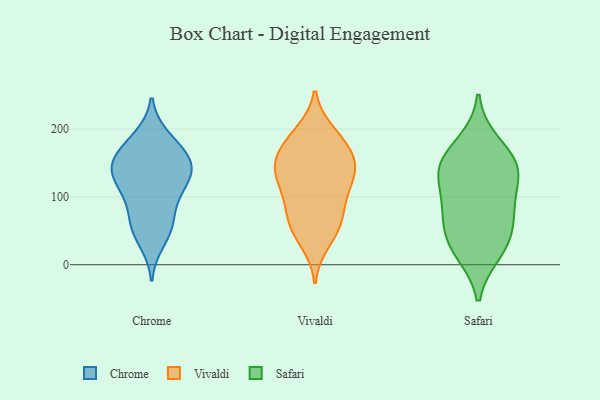
{"axis": {"x": "Conversion Rate (%)", "y": "Value"}, "legend": ["Chrome", "Safari", "Vivaldi"], "data": [{"x": "", "y": 99, "type": "Chrome"}, {"x": "", "y": 151, "type": "Chrome"}, {"x": "", "y": 145, "type": "Chrome"}, {"x": "", "y": 150, "type": "Chrome"}, {"x": "", "y": 182, "type": "Chrome"}, {"x": "", "y": 34, "type": "Chrome"}, {"x": "", "y": 110, "type": "Chrome"}, {"x": "", "y": 135, "type": "Chrome"}, {"x": "", "y": 151, "type": "Chrome"}, {"x": "", "y": 126, "type": "Chrome"}, {"x": "", "y": 58, "type": "Chrome"}, {"x": "", "y": 113, "type": "Chrome"}, {"x": "", "y": 63, "type": "Chrome"}, {"x": "", "y": 188, "type": "Chrome"}, {"x": "", "y": 164, "type": "Chrome"}, {"x": "", "y": 58, "type": "Chrome"}, {"x": "", "y": 119, "type": "Vivaldi"}, {"x": "", "y": 101, "type": "Vivaldi"}, {"x": "", "y": 162, "type": "Vivaldi"}, {"x": "", "y": 160, "type": "Vivaldi"}, {"x": "", "y": 83, "type": "Vivaldi"}, {"x": "", "y": 72, "type": "Vivaldi"}, {"x": "", "y": 125, "type": "Vivaldi"}, {"x": "", "y": 192, "type": "Vivaldi"}, {"x": "", "y": 52, "type": "Vivaldi"}, {"x": "", "y": 185, "type": "Vivaldi"}, {"x": "", "y": 32, "type": "Vivaldi"}, {"x": "", "y": 49, "type": "Vivaldi"}, {"x": "", "y": 196, "type": "Vivaldi"}, {"x": "", "y": 72, "type": "Vivaldi"}, {"x": "", "y": 152, "type": "Vivaldi"}, {"x": "", "y": 127, "type": "Vivaldi"}, {"x": "", "y": 151, "type": "Vivaldi"}, {"x": "", "y": 154, "type": "Vivaldi"}, {"x": "", "y": 126, "type": "Vivaldi"}, {"x": "", "y": 91, "type": "Safari"}, {"x": "", "y": 41, "type": "Safari"}, {"x": "", "y": 142, "type": "Safari"}, {"x": "", "y": 142, "type": "Safari"}, {"x": "", "y": 179, "type": "Safari"}, {"x": "", "y": 28, "type": "Safari"}, {"x": "", "y": 19, "type": "Safari"}, {"x": "", "y": 142, "type": "Safari"}, {"x": "", "y": 143, "type": "Safari"}, {"x": "", "y": 85, "type": "Safari"}, {"x": "", "y": 70, "type": "Safari"}]}